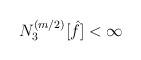
LaTeX: \begin{align*}\begin{aligned}N_3^{(m/2)} [\hat{f}] < \infty\end{aligned}\end{align*}